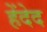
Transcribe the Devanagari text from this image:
हेंदेद